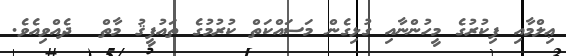
ޢިލްމާއި ފިކުރުގެ މީހުންނާއި ގުޅިގެން މަސައްކަތް ކުރުމުގެ ތައުފީޤު މާތް  ދެއްވިއެވެ.